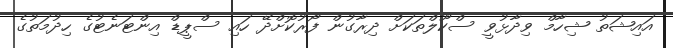
އައިޝަތު ޝިހާމް ވިދާޅުވީ ސްކޫލްތަކަށް ދިރާގުން ފޯރުކޮށްދޭ ހައި ސްޕީޑް އިންޓަނެޓުގެ ހިދުމަތުގެ